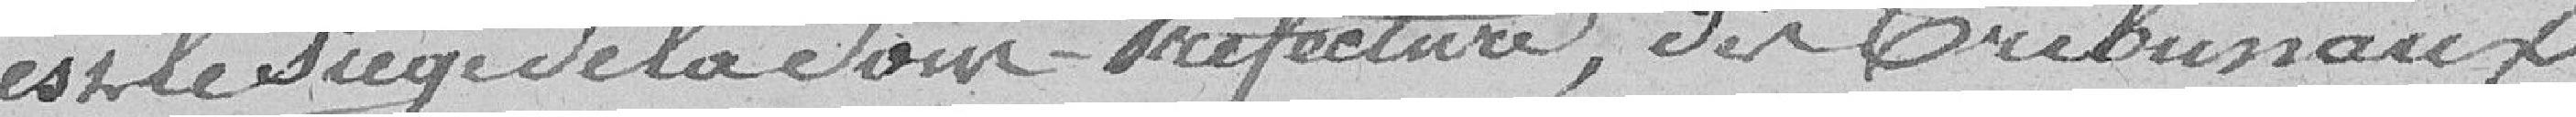
est le siège de la Sous-Préfecture, des Tribunaux